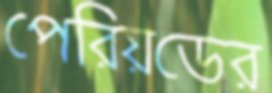
পেরিয়ডের